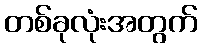
တစ်ခုလုံးအတွက်